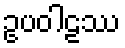
ဥပဝါဠဿ